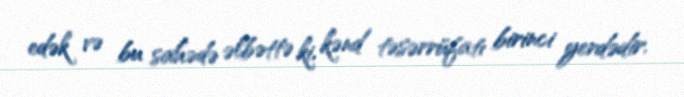
edək və bu sahədə əlbəttə ki, kənd təsərrüfatı birinci yerdədir.